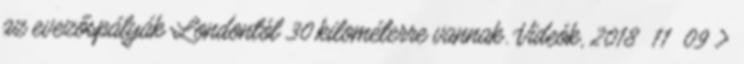
az evezőspályák Londontól 30 kilométerre vannak. Videók, 2018 11 09 ›